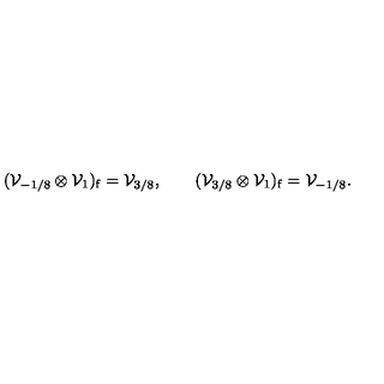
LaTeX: ( { \cal V } _ { - 1 / 8 } \otimes { \cal V } _ { 1 } ) _ { \mathrm { f } } = { \cal V } _ { 3 / 8 } , \qquad ( { \cal V } _ { 3 / 8 } \otimes { \cal V } _ { 1 } ) _ { \mathrm { f } } = { \cal V } _ { - 1 / 8 } .